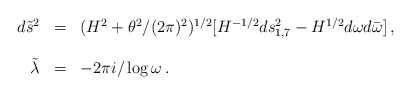
\begin{align*}\begin{array}{rcl}d{\tilde s}^2 &=& (H^2+\theta^2/(2\pi)^2)^{1/2}[H^{-1/2}ds_{1,7}^2-H^{1/2}d\omega d{\bar \omega}] \, ,\\& &\\{\tilde \lambda} &=& -2\pi i / \log{\omega} \, .\\\end{array}\end{align*}